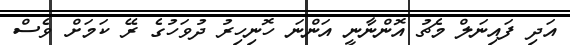
އަދި ފައިނަލް މެޗު އޮންނާނީ އަންނަ ހޮނިހިރު ދުވަހުގެ ރޭ ކަމަށް ވެސް